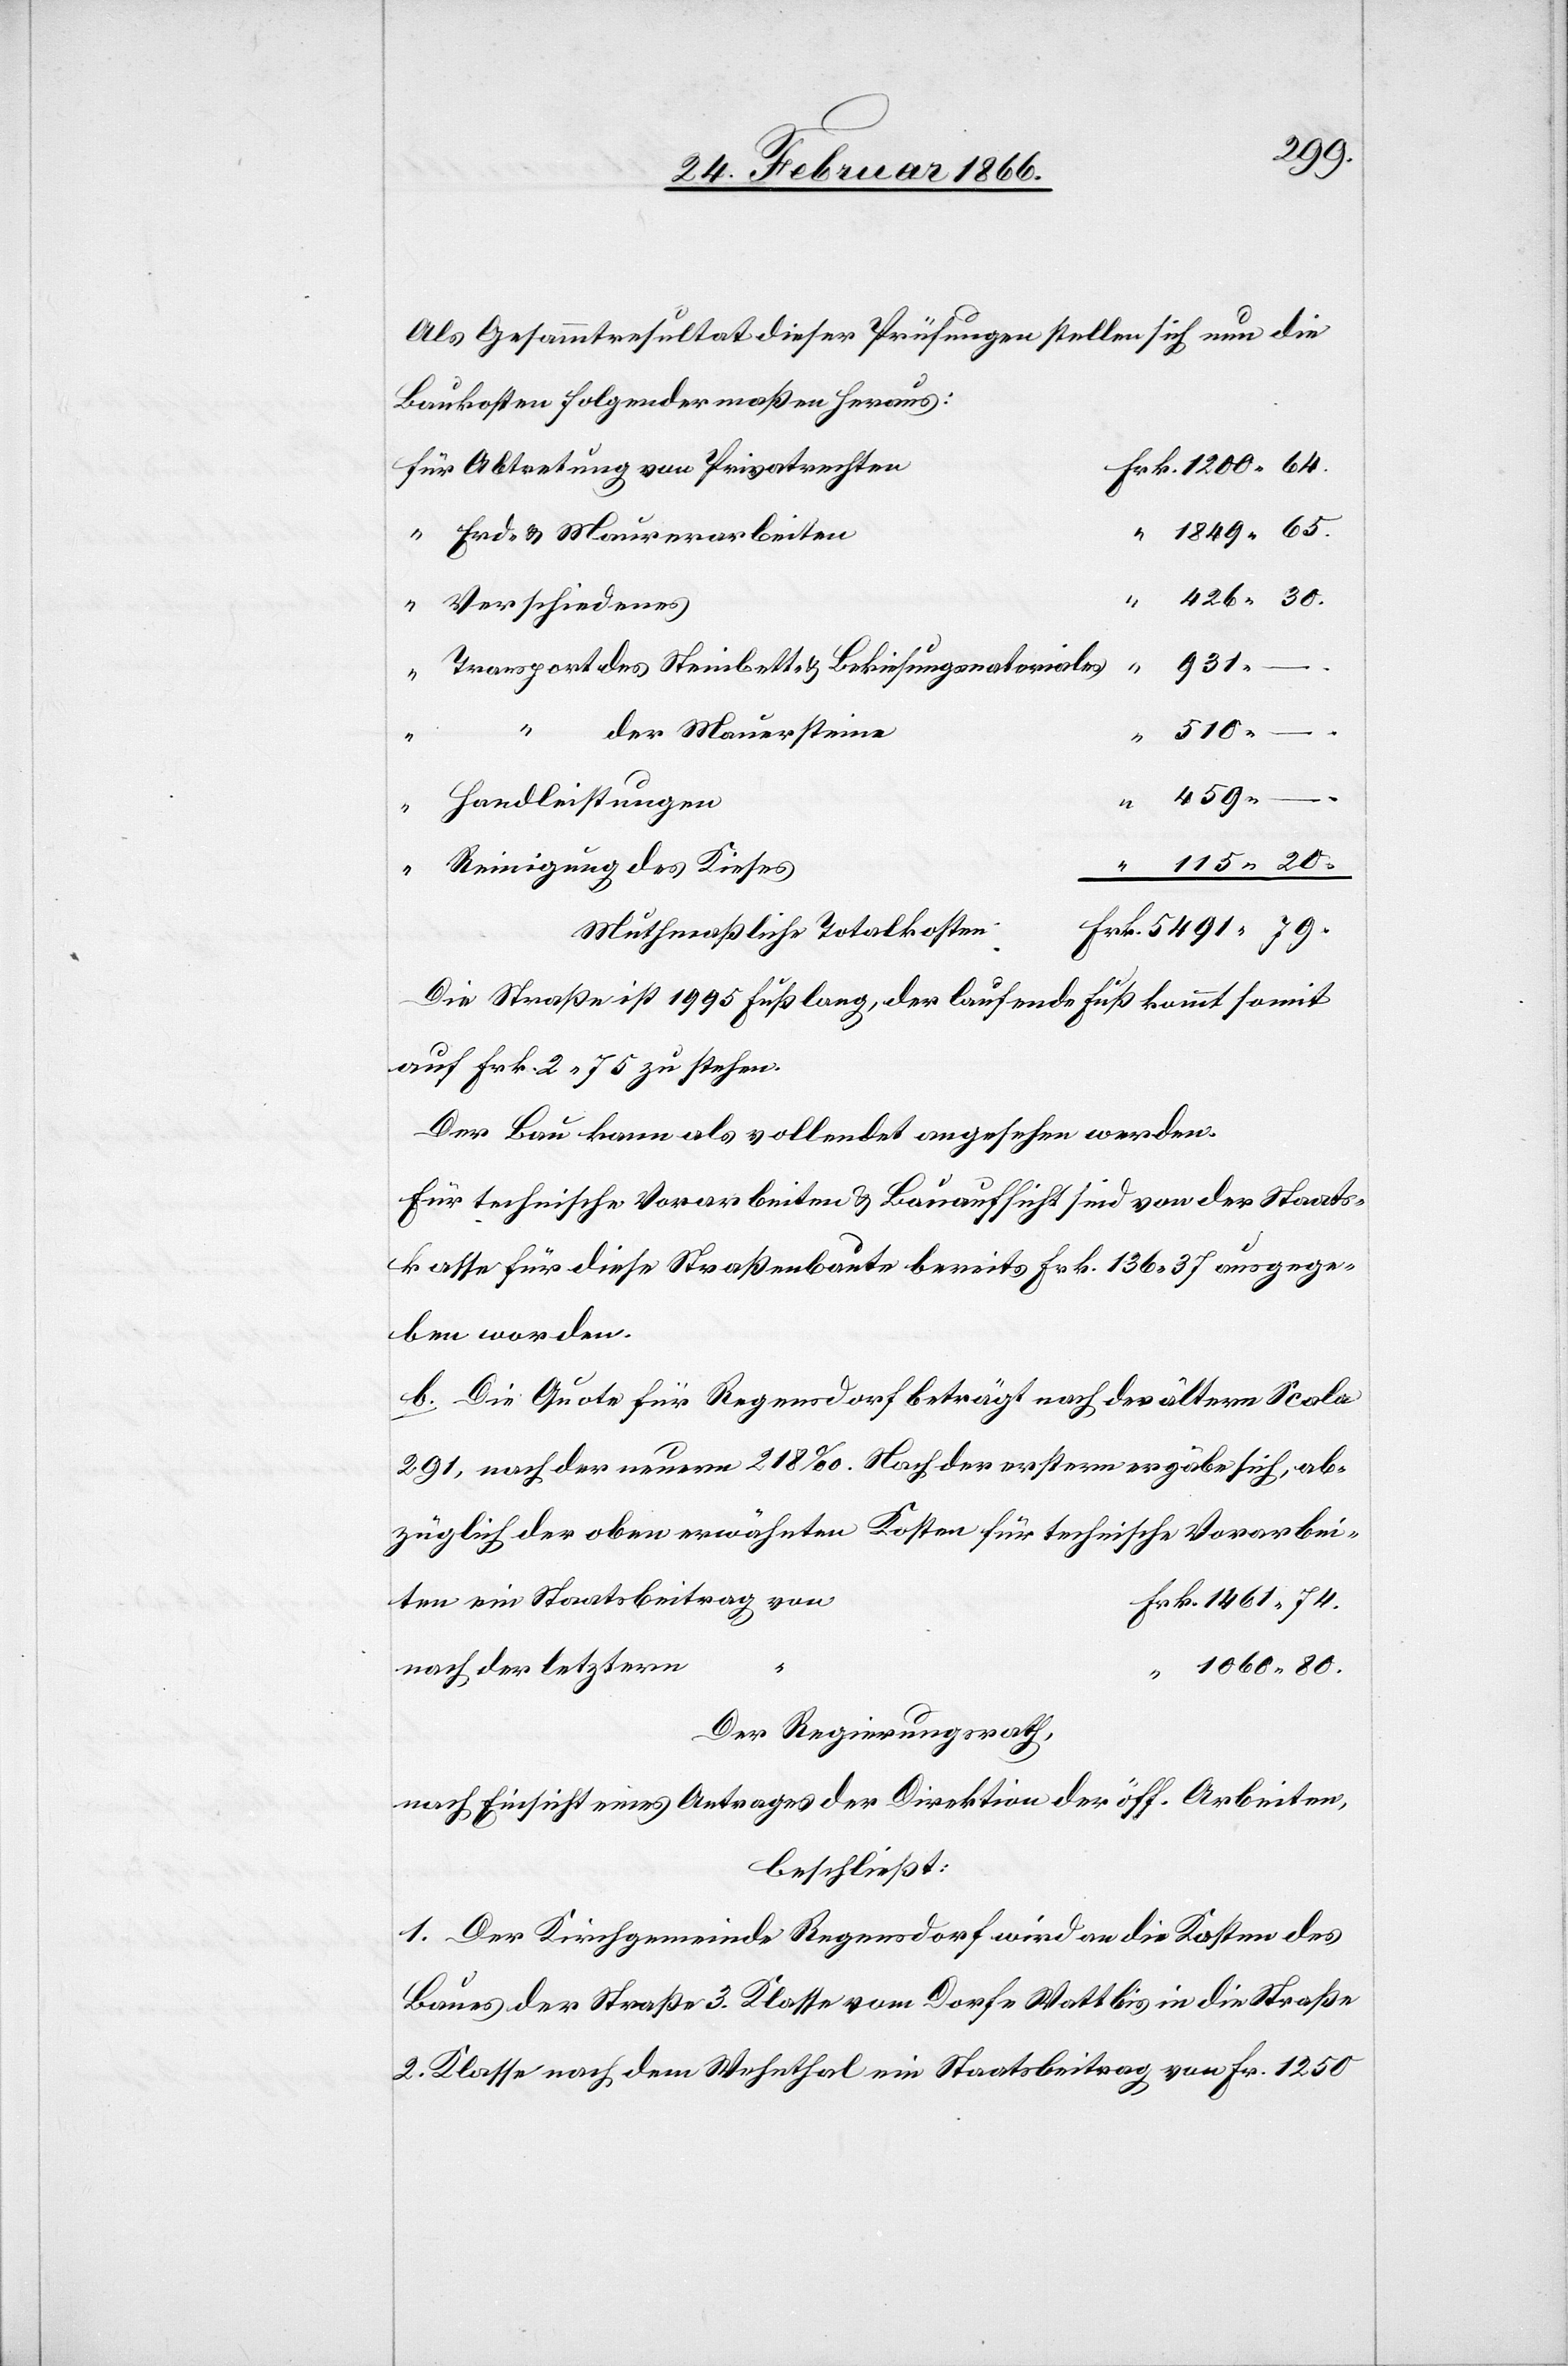
5491 79
Als Gesammtresultat dieser Prüfungen stellen sich nun die
Baukosten folgendermaßen heraus:
für Abtretung von Privatrechte¬
rk. 1200 64.
“ 1849 65.
426 30.
Transport des Steinbett- u. Bekiesungsmateriale¬
s				 “
n						F¬
510
der
“ 459 –.
“ 115 20.
Die Straße ist 1995 Fuß lang, der laufende Fuß kommt somit
auf Frk. 2 75 zu stehen.
Der Bau kann als vollendet angesehen werden.
Für technische Vorarbeiten u. Bauaufsicht sind von der Staats¬
kasse für diese Straßenbaute bereits Frk. 136 37 ausgege¬
ben worden.
b. Die Quote für Regensdorf beträgt nach der ältern Scala
291, nach der neuern 218‰. Nach der erstern ergäbe sich, ab¬
züglich der oben erwähnten Kosten für technische Vorarbei¬
ten ein Staatsbeitrag vo¬
rk. 1461 74.
“ 1068 80.
Der Regierungsrath,
nach Einsicht eines Antrages der Direktion der öff Arbeiten,
beschließt:
1. Der Kirchgemeinde Regensdorf wird an die Kosten des
Baues der Straße 3. Klasse vom Dorfe Watt bis in die Straße
2. Klasse nach dem Wehnthal ein Staatsbeitrag von Fr. 1250